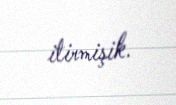
itirmişik.